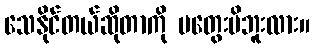
သေနိုင်တယ်ဆိုတာကို မတွေးမိဘူးလား။